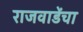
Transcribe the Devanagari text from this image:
राजवाडेंचा